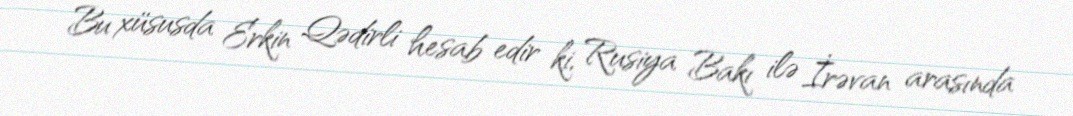
Bu xüsusda Erkin Qədirli hesab edir ki, Rusiya Bakı ilə İrəvan arasında